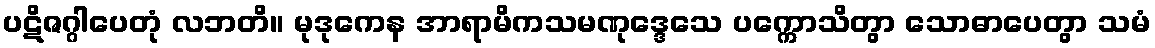
ပဋိဇဂ္ဂါပေတုံ လဘတိ။ မုဒုကေန အာရာမိကသမဏုဒ္ဒေသေ ပက္ကောသိတွာ သောဓာပေတွာ သမံ